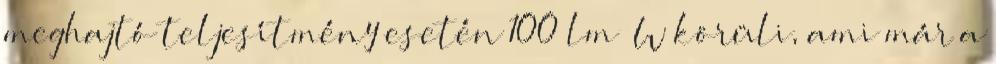
meghajtó teljesítmény esetén 100 lm W körüli, ami már a